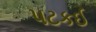
પટકઈ